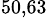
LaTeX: ^{50,63}